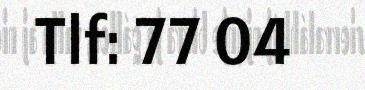
Tlf: 77 04